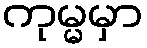
ကုမ္မမှာ